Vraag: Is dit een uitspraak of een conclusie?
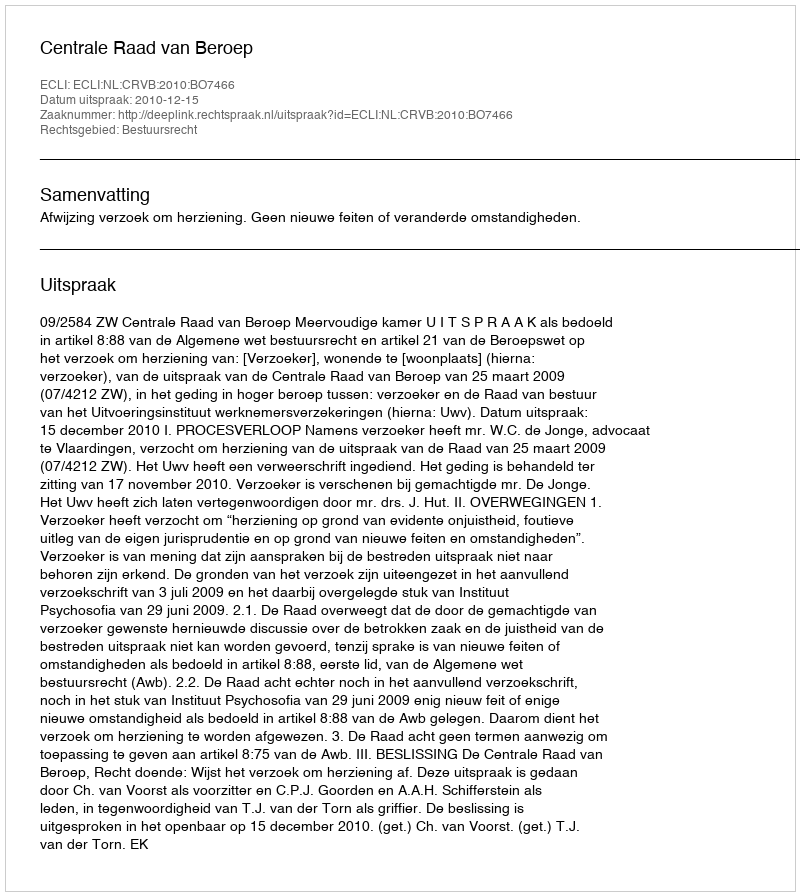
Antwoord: Uitspraak